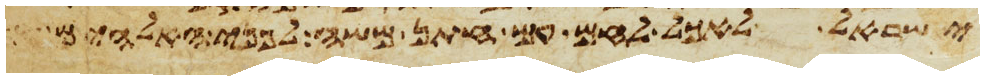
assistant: ישראל לאכל לחם עם חתן משה לפני האלהים